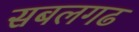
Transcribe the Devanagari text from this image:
सबलगढ